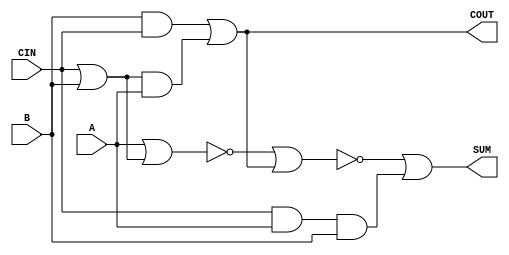
module sky130_fd_sc_lp__fa (
    COUT,
    SUM ,
    A   ,
    B   ,
    CIN
);

    // Module ports
    output COUT;
    output SUM ;
    input  A   ;
    input  B   ;
    input  CIN ;

    // Module supplies
    supply1 VPWR;
    supply0 VGND;
    supply1 VPB ;
    supply0 VNB ;

    // Local signals
    wire or0_out     ;
    wire and0_out    ;
    wire and1_out    ;
    wire and2_out    ;
    wire nor0_out    ;
    wire nor1_out    ;
    wire or1_out_COUT;
    wire or2_out_SUM ;

    //  Name  Output        Other arguments
    or  or0  (or0_out     , CIN, B            );
    and and0 (and0_out    , or0_out, A        );
    and and1 (and1_out    , B, CIN            );
    or  or1  (or1_out_COUT, and1_out, and0_out);
    buf buf0 (COUT        , or1_out_COUT      );
    and and2 (and2_out    , CIN, A, B         );
    nor nor0 (nor0_out    , A, or0_out        );
    nor nor1 (nor1_out    , nor0_out, COUT    );
    or  or2  (or2_out_SUM , nor1_out, and2_out);
    buf buf1 (SUM         , or2_out_SUM       );

endmodule